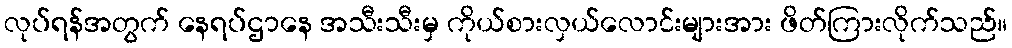
လုပ်ရန်အတွက် နေရပ်ဌာနေ အသီးသီးမှ ကိုယ်စားလှယ်လောင်းများအား ဖိတ်ကြားလိုက်သည်။